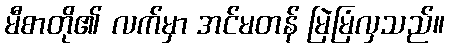
မီစာတို၏ လက်မှာ အင်မတန် မြဲမြံလှသည်။